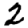
Digit: 2